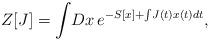
LaTeX: \begin{align*}Z[J]=\int\!Dx\,e^{-S[x]+\int\!J(t)x(t)dt},\end{align*}